Report on vaccination in Madras 1895-1903 - 1895-1903
Year: 1895
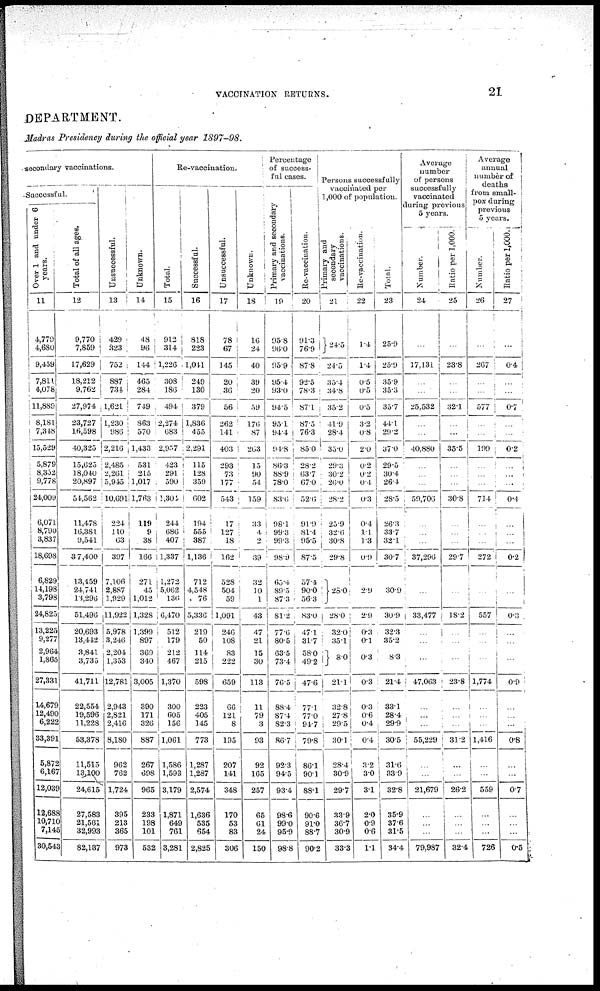
VACCINATION RETURNS.
21
DEPARTMENT.
Madras Presidency during the official year 1897-98.
secondary vaccinations.
Successful.
Over 1 and under 6
years.
11
4,779
4,680
9,459
7,811
4,078
11,889
8,181
7,348
15,529
5,879
8,352
9,778
24,009
6,071
8,790
3,837
18,698
6,829
14,198
3,798
24,825
13,225
9,277
2,964
1,865
27,331
14,679
12,490
6,222
33,391
5,872
6,167
12,039
12,688
10,710
7,145
30,543
Total of all ages.
12
9,770
7,859
17,629
18,212
9,762
27,974
23,727
16,598
40,325
15,625
18,040
20,897
54,562
11,478
16,381
9,541
37,400
13,459
24,741
13,296
51,496
20,693
13,442
3,841
3,735
41,711
22,554
19,596
11,228
53,378
11,515
13,100
24,615
27,583
21,561
32,993
82,137
Unsuccessful.
13
429
323
752
887
734
1,621
1,230
986
2,216
2,485
2,261
5,945
10,69l
224
110
63
397
7,106
2,887
1,929
11,922
5,978
3,246
2,204
1,353
12,781
2,943
2,821
2,416
8,180
962
762
1,724
395
213
365
973
Unknown.
14
48
96
144
465
284
749
863
570
1,433
531
215
1,017
1,763
119
9
38
166
271
45
1,012
1,328
1,399
897
369
340
3,005
390
171
326
887
267
698
965
233
198
101
532
Re-vaccination.
Total.
15
912
314
1,226
308
186
494
2,274
683
2,957
423
291
590
3,304
244
686
407
1,337
1,272
5,062
136
6,470
512
179
212
467
1,370
300
605
156
1,061
1,586
1,593
3,179
1,871
649
761
3,281
Successful.
16
818
223
1,041
249
130
379
1,836
455
2,291
115
128
359
602
194
555
387
1,136
712
4,548
76
5,336
219
50
114
215
598
223
405
145
773
1,287
1,287
2,574
1,636
535
654
2,825
Unsuccessful.
17
78
67
145
20
36
56
262
14.1
403
293
73
177
543
17
127
18
162
528
504
59
1,091
246
108
83
222
659
66
121
8
195
207
141
348
170
53
83
306
Unknown.
18
16
24
40
39
20
59
176
87
263
15
90
54
159
33
4
2
39
32
10
1
43
47
21
15
30
113
11
79
3
93
92
165
257
65
61
24
150
Percentage
of success-
ful cases.
Primary and secondary
vaccinations.
19
95.8
96.0
95.9
95.4
93.0
94.5
95.1
94.4
94.8
86.3
88.9
78.0
83.6
98.1
99.3
99.3
98.9
65.4
89.5
87.3
81.2
77.6
80.5
63.5
73.4
76.5
88.4
87.4
82.3
86.7
92.3
94.5
93.4
98.6
99.0
95.9
98.8
Re-vaccination.
20
91.3
76.9
87.8
92.5
78.3
87.1
87.5
76.3
85.0
28.2
63.7
67.0
52.6
91.9
81.4
95.5
87.5
57.4
90.0
56.3
83.0
47.1
31.7
58.0
49.2
47.6
77.1
77.0
94.7
79.8
86.1
90.1
88.1
90.6
91.0
88.7
90.2
Persons successfully
vaccinated per
1,000 of population.
Primary and
secondary
vaccinations.
21
24.5
24.5
35.4
34.8
35.2
41.9
28.4
35.0
29.3
30.2
26.0
28.2
25.9
32.6
30.8
29.8
25.0
28.0
32.0
35.1
8.0
21.1
32.
27.8
29.5
30.1
28.4
30.9
29.7
33.9
36.7
30.9
33.3
Re-vaccination.
22
1.4
1.4
0.5
0.5
0.5
3.2
0.8
2.0
0.2
0.2
0.4
0.3
0.4
1.1
1.3
0.9
2.9
2.9
0.3
0.1
0.3
0.3
0.3
0.6
0.4
0.4
3.2
3.0
3.1
2.0
0.9
0.6
1.1
Total.
23
25.9
25.9
35.9
35.3
35.7
44.1
29.2
37.0
29.5
30.4
26.4
28.5
26.3
33.7
32.1
30.7
309
30.9
32.3
35.2
8.3
21.4
33.1
28.4
29.9
30.5
31.6
33.9
32.8
35.9
37.6
31.5
34.4
Average
number
of persons
successfully
vaccinated
during previous
5 years.
Number.
24
...
17,131
...
...
25,532
...
...
40,880
...
...
...
59,706
...
...
...
37,296
...
33,477
...
...
...
47,063
...
...
...
55,229
...
...
21,679
...
...
...
79,987
Ratio per 1,000.
25
...
23.8
...
...
32.1
...
...
35.5
...
...
...
30.8
...
...
...
29.7
...
18.2
...
...
...
23.8
...
...
...
31.2
...
...
26.2
...
...
...
32.4
Average
annual
number of
deaths
from small-
pox during
previous
5 years.
Number.
26
...
267
...
...
577
...
...
199
...
...
...
714
...
...
...
272
...
557
...
...
...
1,774
...
...
...
1,416
...
...
559
...
...
...
726
Ratio per 1,000.
27
...
0.4
...
...
0.7
...
...
0.2
...
...
...
0.4
...
...
...
0.2
...
0.3
...
...
...
0.9
...
...
...
0.8
...
...
0.7
...
...
...
0.5